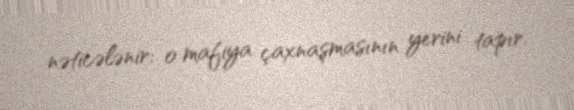
nəticələnir: o mafiya çaxnaşmasının yerini tapır.